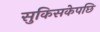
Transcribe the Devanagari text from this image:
सुकिसकेपछि